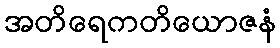
အတိရေကတိယောဇနံ